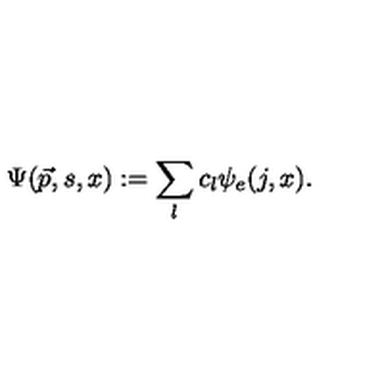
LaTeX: \Psi ( { \vec { p } } , s , x ) : = \sum _ { l } c _ { l } \psi _ { e } ( j , x ) .